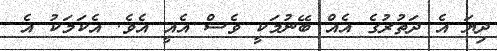
ދިޔަ އެ ދަތުރުގެ އެއް ބޭނުމަކީ ވެސް އެއީ އެވެ. އެކަމަކު އެ